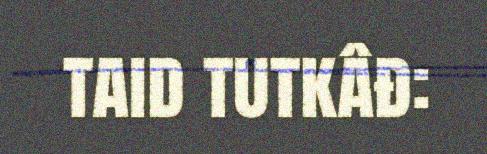
taid tutkâđ: